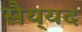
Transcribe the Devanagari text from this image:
सैय्‌यद